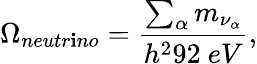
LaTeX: \Omega_{neutr\mathbf{i}no}={\frac{{\sum_{\alpha}m_{\nu_{\alpha}}}}{{h^{2}92\ eV}}},